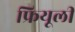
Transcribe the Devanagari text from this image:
फ्रियूली